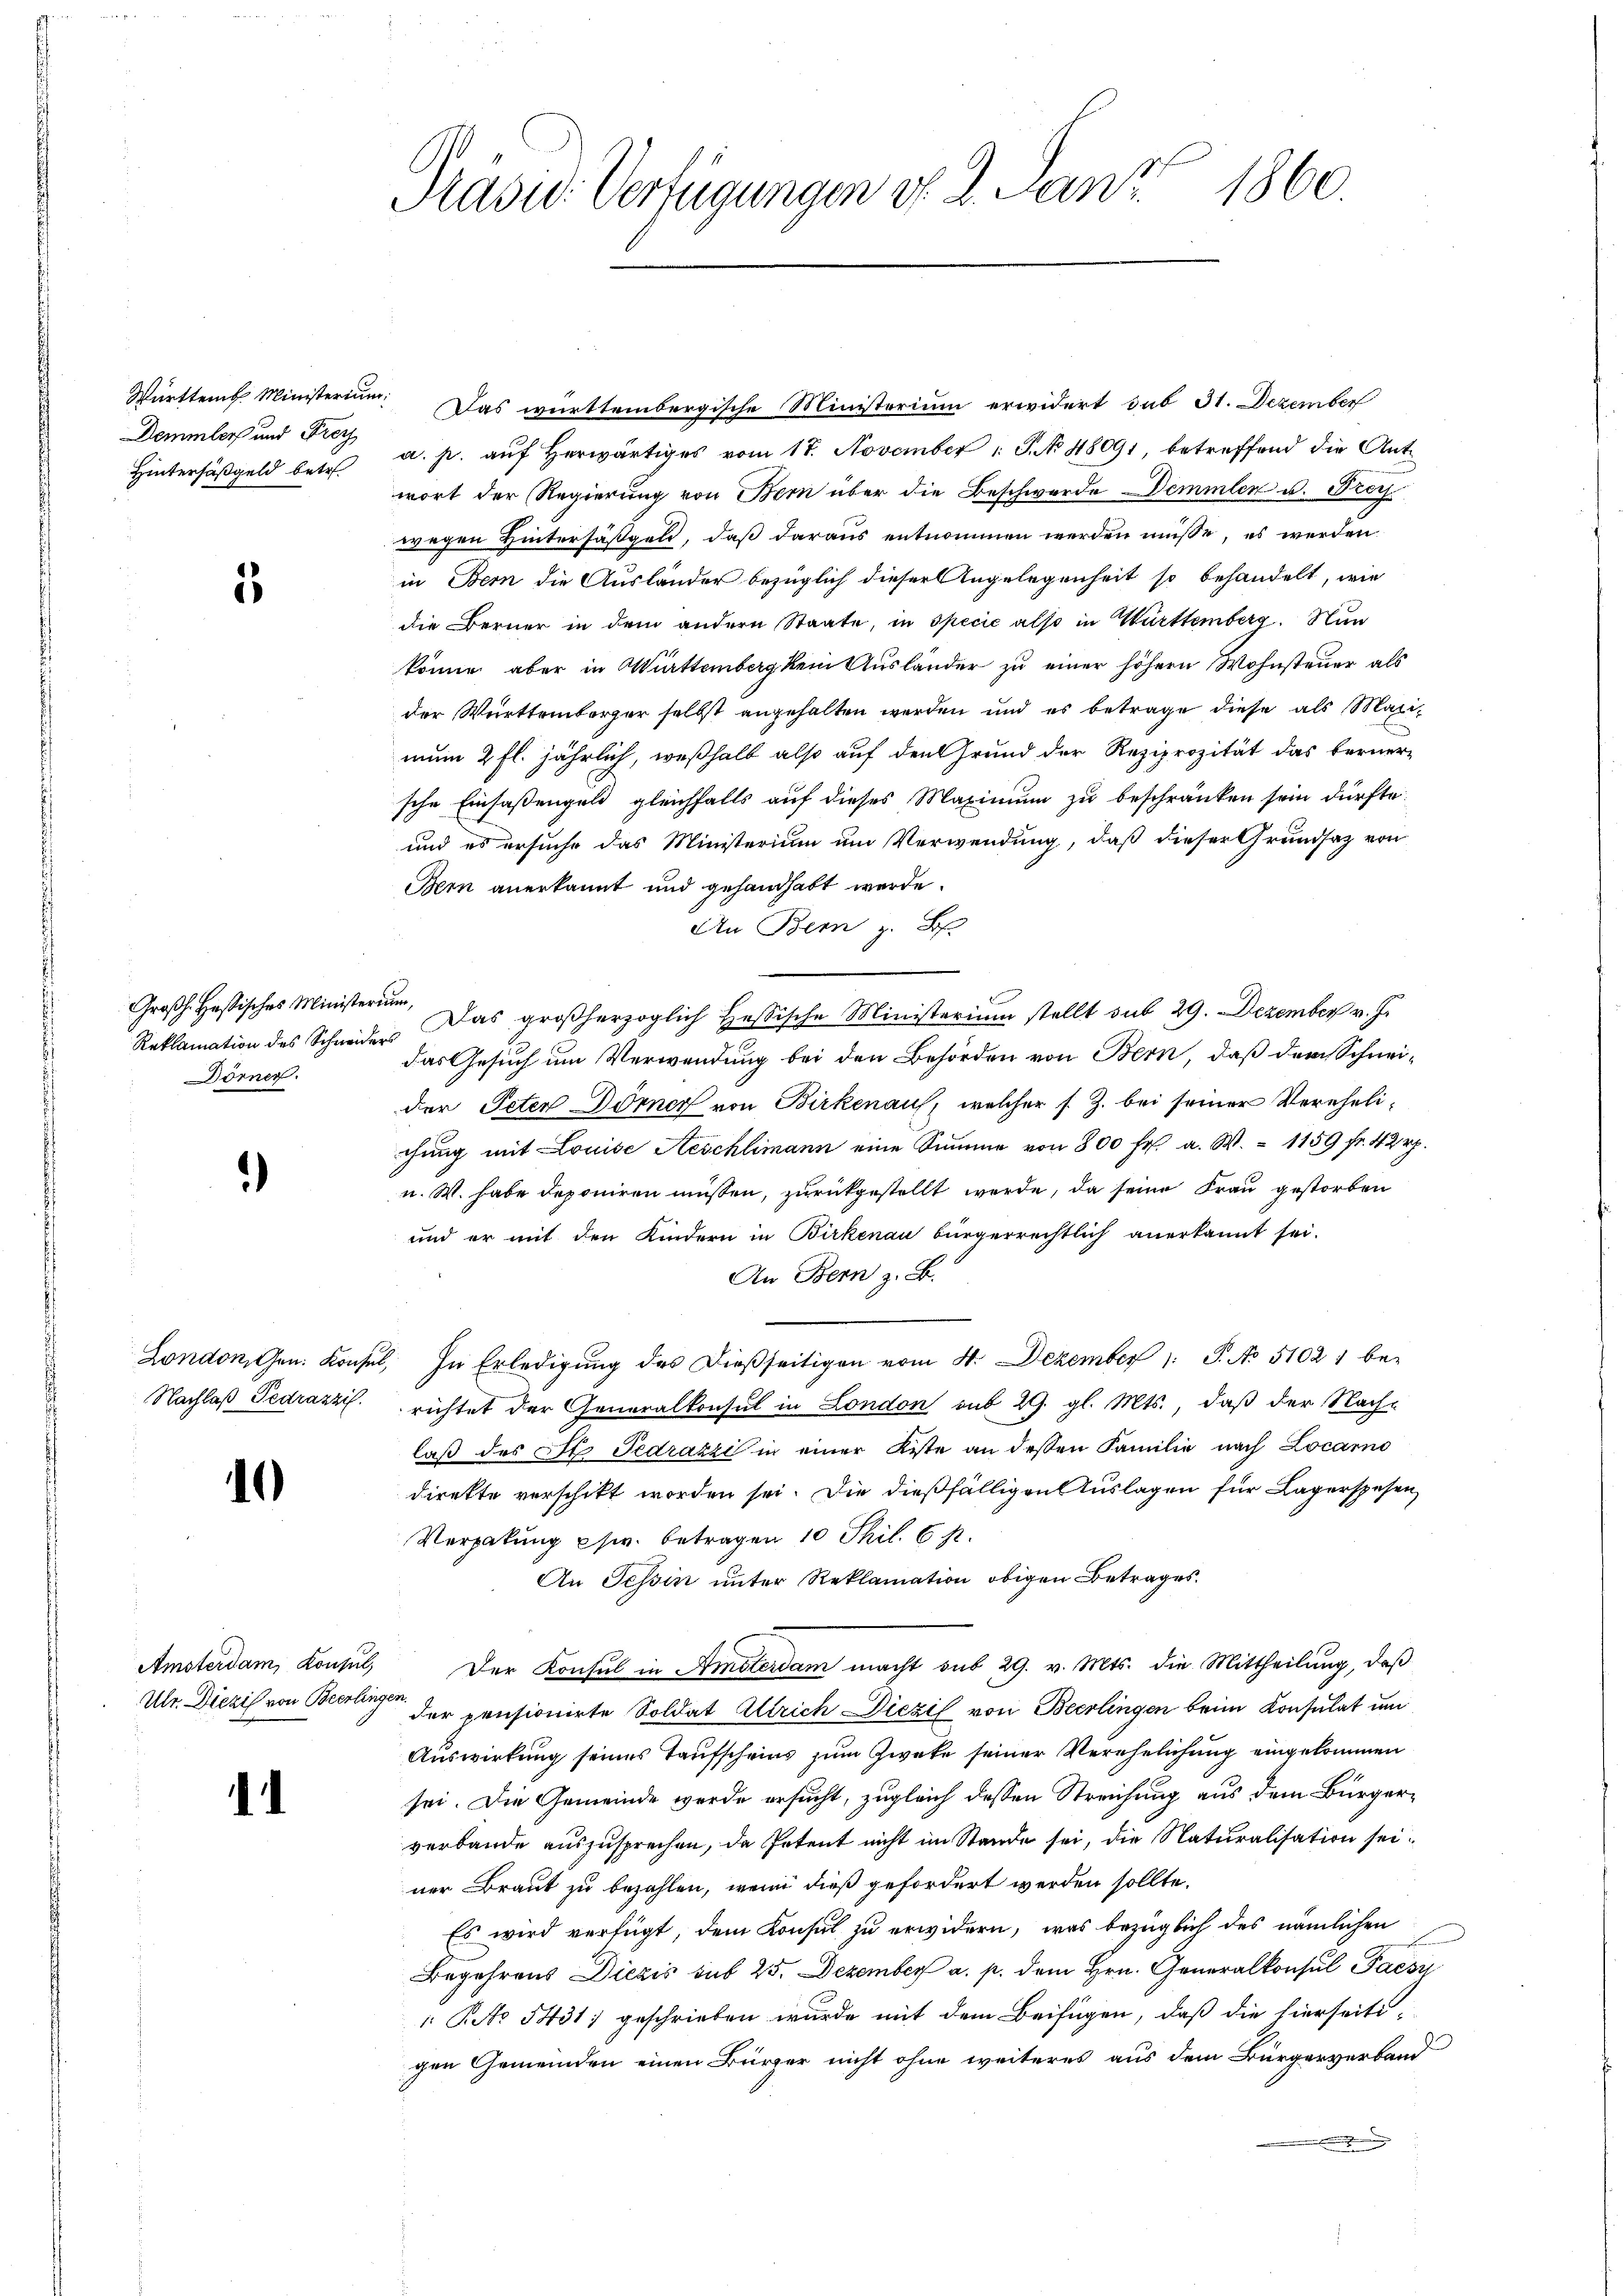
Demmlers und Freyz
Hintersäßgeld betr.

1

Reklamation des Schneiders
Dörner.

)

)

Amsterdam, Konsul,

1

1860.
Präsid. Verfügungen v. 2. Janz

Württemb. Ministerium. Das württembergische Ministerium erwidert sub 31. Dezember
a. p. aŭf herwärtiges vom 17. November 1 S. No 48091, betreffend die Antwort der Regierung von Bern über die Beschwerde Demmlen u. Fröch
wegen Hintersäßgel, daß daraus entnommen werden müsse, es werden
in Bern die Ausländer bezüglich dieser Angelegenheit so behandelt, wie
die Berner in dem andern Staate, in specić also in Württemberg. Nun
könne aber in Württemberg kein Ausländer zu einer höhern Wohnsteuer als
der Württemberger selbst angehalten werden und es betrage diese als Malimum 2 fl. jährlich, weßhalb also auf den Grund der Reziprozität das berner-
sche Einfaßengeld gleichfalls auf dieses Maximum zu beschränken sein dürfte.
und es ersuche das Ministerium um Verwendung, daß dieser Grundsatz von
Bern anerkannt und gehandhabt werde.
An Bern z. B.
Großh. Hastisches Ministerum. Das großherzoglich Heßische Ministerium stellt sub 29. Dezember v. J.
das Gesuch um Verwendung bei den Behörden von Bern, daß der Schneider Peter Dörner von Birkenau, welcher s. Z. bei seiner Verehelichŭng mit Louise Aeschlimann eine Summe von 800 fr. a. W. - 1159 fr. 42 rp.
u. W. habe deponiren müssen, zurückgestellt werde, da seine Frau gestorben
und er mit den Kindern in Birkenau bürgerrechtlich anerkannt sei.
An Bern z. B.
London, Gen. Konsul, In Erledigung des dießseitigen vom 4. Dezember 1 S. No 51021 be-
Nachlaß Tedrazzi. richtet der Generalkonsul in London sub 29. gl. Mts., daß der Nach-
laß des St. Gedrazzi in einer Kiste an dessen Familie nach Locarno
direkte verschikt worden sei. Die dießfälligen Auslagen für Lagerspesen,
Vergabung psw. betragen 10 Thil. 6 p.
An Tessin unter Reklamation obigen Betrages.
Der Konsul in Amsterdam macht sub 29. v. Mts. die Mittheilung, daß
Ulr. Diezis von Bern der pensionirte Soldat Ullrich Diezil von Berlingen beim Konsulat um
Auswirkung seines Taufscheins zum Zwete seiner Verehelichung eingekommen
sei. Die Gemeinde werde ersucht, zugleich dessen Streichung aus dem Bürgerverbande auszusprechen, da Petent nicht im Stande sei, die Naturalisation seiner Braut zu bezahlen, wenn dieß gefordert werden sollte.
Es wird verfügt, dem Konsul zu erwidern, was bezüglich des nämlichen
Begehrens Diezis sub 25. Dezember a. p. dem Hrn. Generalkonsul Paesi
 No 1431) geschrieben wurde mit dem Beifügen, daß die hierseitigen Gemeinden einen Bürger nicht ohne weiteres aus dem Bürgerverband
.